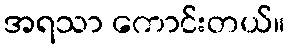
အရသာ ကောင်းတယ်။